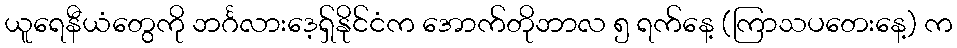
ယူရေနီယံတွေကို ဘင်္ဂလားဒေ့ရှ်နိုင်ငံက အောက်တိုဘာလ ၅ ရက်နေ့ (ကြာသပတေးနေ့) က